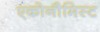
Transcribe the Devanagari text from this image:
एकोनौमिस्ट